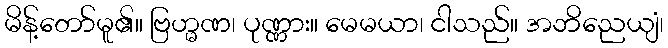
မိန့်တော်မူ၏။ ဗြဟ္မဏ၊ ပုဏ္ဏား။ မေမယာ၊ ငါသည်။ အဘိညေယျံ၊